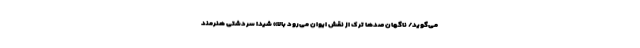
می‌گوید/ ناگهان صدها ترک از نقش ایوان می‌رود بالا» شیدا سردشتی هنرمند